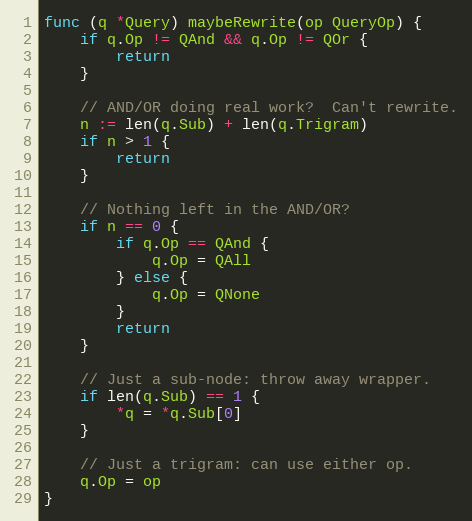
Language: Go
func (q *Query) maybeRewrite(op QueryOp) {
	if q.Op != QAnd && q.Op != QOr {
		return
	}

	// AND/OR doing real work?  Can't rewrite.
	n := len(q.Sub) + len(q.Trigram)
	if n > 1 {
		return
	}

	// Nothing left in the AND/OR?
	if n == 0 {
		if q.Op == QAnd {
			q.Op = QAll
		} else {
			q.Op = QNone
		}
		return
	}

	// Just a sub-node: throw away wrapper.
	if len(q.Sub) == 1 {
		*q = *q.Sub[0]
	}

	// Just a trigram: can use either op.
	q.Op = op
}